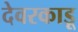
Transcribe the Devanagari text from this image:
देवरकाडू